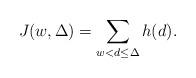
LaTeX: \begin{align*} J(w,\Delta)= \sum_{w<d\le\Delta}h(d).\end{align*}